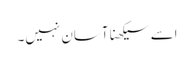
اسے سیکھنا آسان نہیں۔